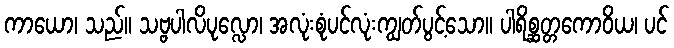
ကာယော၊ သည်။ သဗ္ဗပါလိပုလ္လော၊ အလုံးစုံပင်လုံးကျွတ်ပွင့်သော။ ပါရိစ္ဆတ္တကောဝိယ၊ ပင်